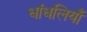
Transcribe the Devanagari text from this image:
धांधलियाँ